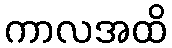
ကာလအထိ